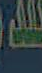
فلا